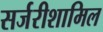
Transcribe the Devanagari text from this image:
सर्जरीशामिल